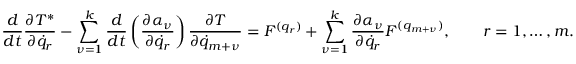
\frac { d } { d t } \frac { \partial T ^ { * } } { \partial { \dot { q } } _ { r } } - \sum _ { \nu = 1 } ^ { k } \frac { d } { d t } \left( \frac { \partial \alpha _ { \nu } } { \partial { \dot { q } } _ { r } } \right) \frac { \partial T } { \partial { \dot { q } } _ { m + \nu } } = { \cal F } ^ { ( q _ { r } ) } + \sum _ { \nu = 1 } ^ { k } \frac { \partial \alpha _ { \nu } } { \partial { \dot { q } } _ { r } } { \cal F } ^ { ( q _ { m + \nu } ) } , \qquad r = 1 , \dots , m .